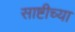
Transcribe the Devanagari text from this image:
साष्टीच्या